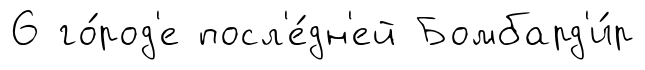
6 го́род'е посл'е́дн'ей Бомбард'и́р